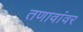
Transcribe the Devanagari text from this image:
तणावांवर